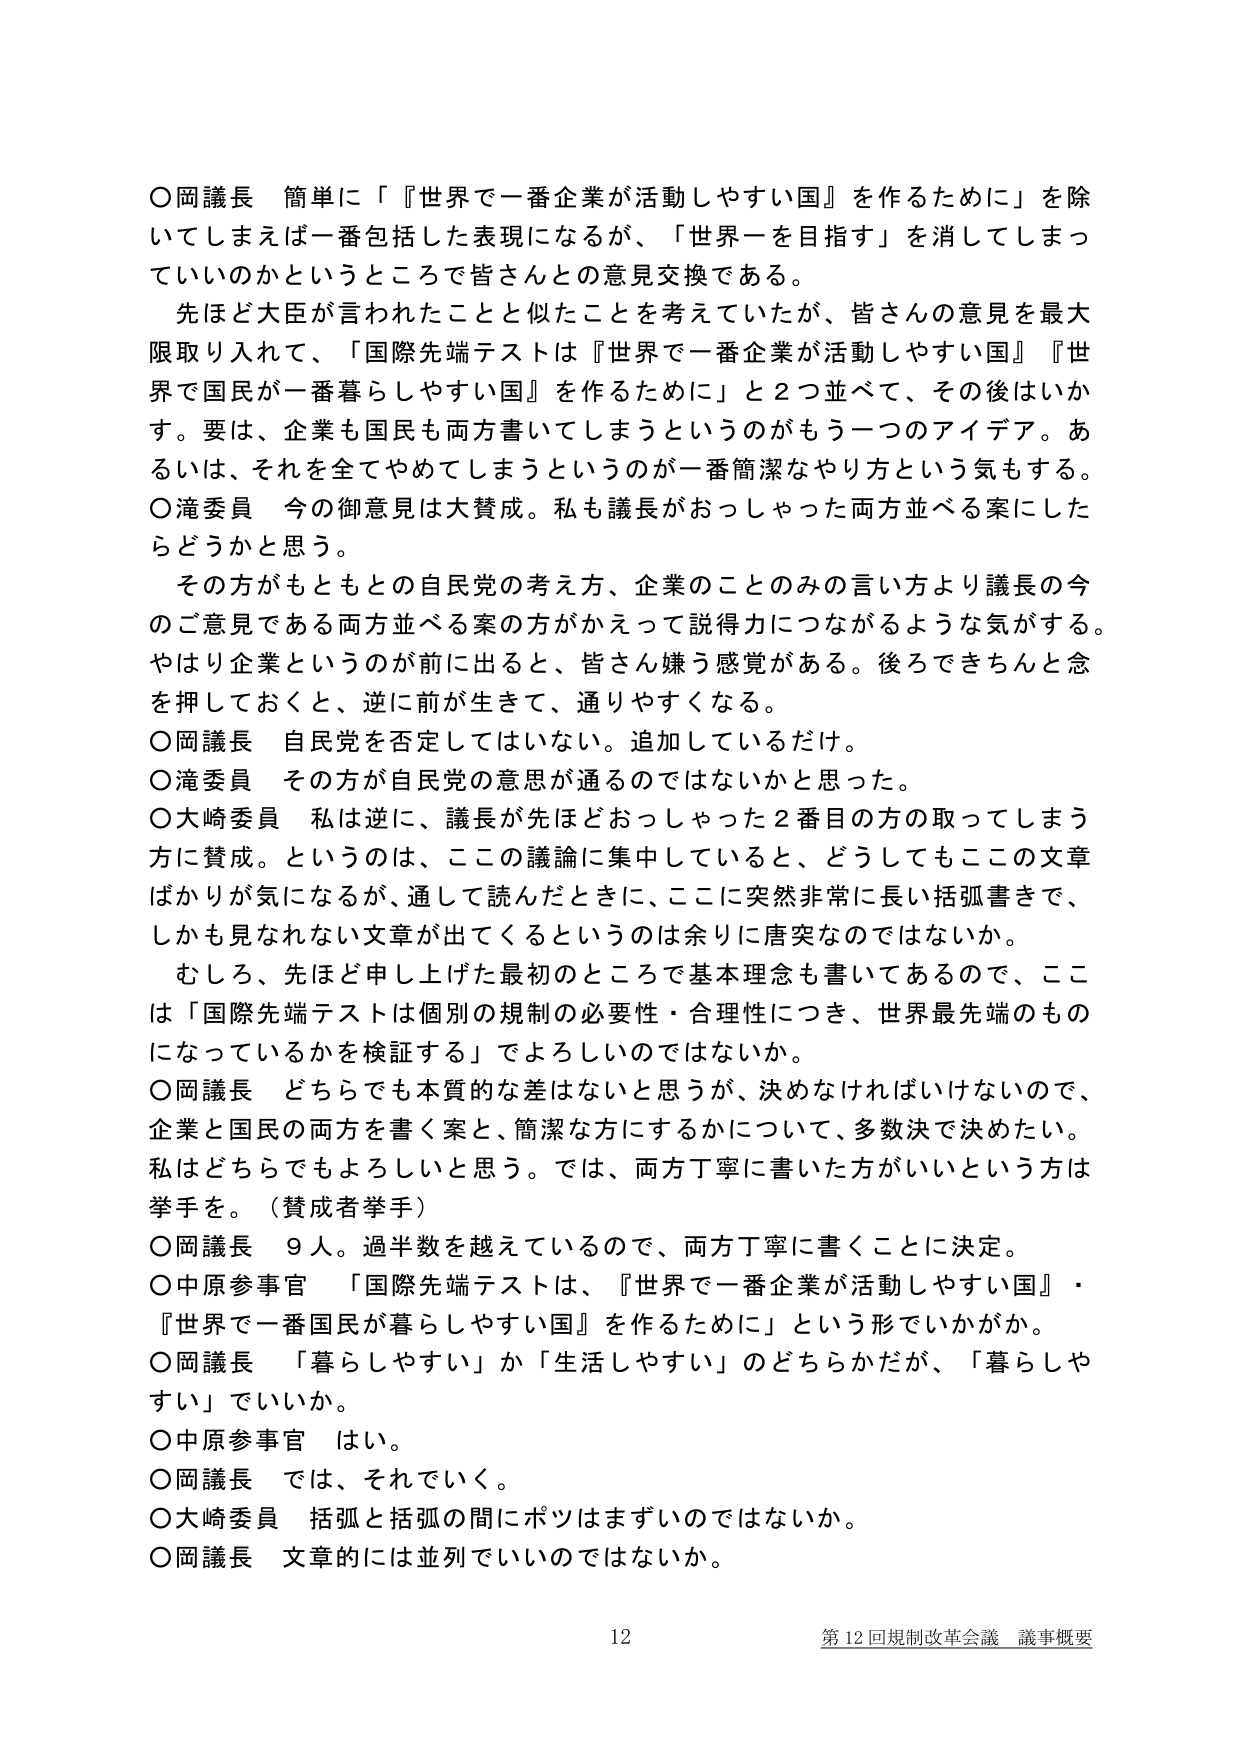
○岡議長 簡単に「『世界で一番企業が活動しやすい国』を作るために」を除いてしまえば一番包括した表現になるが、「世界一を目指す」を消してしまっていいのかというところで皆さんとの意見交換である。

先ほど大臣が言われたことと似たことを考えていたが、皆さんの意見を最大限取り入れて、「国際先端テストは『世界で一番企業が活動しやすい国』『世界で国民が一番暮らしやすい国』を作るために」と2つ並べて、その後はいかす。要は、企業も国民も両方書いてしまうというのがもう一つのアイデア。あるいは、それを全てやめてしまうというのが一番簡潔なやり方という気もする。

○滝委員 今の御意見は大賛成。私も議長がおっしゃった両方並べる案にしたらどうかと思う。

その方がもともとの自民党の考え方、企業のことのみの言い方より議長の今のご意見である両方並べる案の方がかえって説得力につながるような気がする。やはり企業というのが前に出ると、皆さん嫌う感覚がある。後ろできちんと念を押しておくと、逆に前が生きて、通りやすくなる。

○岡議長 自民党を否定してはいない。追加しているだけ。

○滝委員 その方が自民党の意思が通るのではないかと思った。

○大崎委員 私は逆に、議長が先ほどおっしゃった2番目の方の取ってしまう方に賛成。というのは、この議論に集中していると、どうしてもこの文章ばかりが気になるが、通して読んだときに、ここに突然非常に長い括弧書きで、しかも見られない文章が出てくるというのは余りに唐突なのではないか。

むしろ、先ほど申し上げた最初のところで基本理念も書いてあるので、ここは「国際先端テストは個別の規制の必要性・合理性につき、世界最先端のものになっているかを検証する」でよろしいのではないか。

○岡議長 どちらでも本質的な差はないと思うが、決めなければならないので、企業と国民の両方を書く案と、簡潔な方にするかについて、多数決で決めたい。私はどちらでもよろしいと思う。では、両方丁寧に書いた方がいいという方は挙手を。（賛成者挙手）

○岡議長 9人。過半数を越えているので、両方丁寧に書くことに決定。

○中原参事官 「国際先端テストは、『世界で一番企業が活動しやすい国』・『世界で一番国民が暮らしやすい国』を作るために」という形でいかがか。

○岡議長 「暮らしやすい」か「生活しやすい」のどちらかだが、「暮らしやすい」でいいか。

○中原参事官 はい。

○岡議長 では、それでいく。

○大崎委員 括弧と括弧の間にポツはまずいのではないか。

○岡議長 文章的には並列でいいのではないか。

12 第12回規制改革会議 議事概要